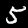
Digit: 5